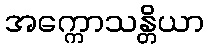
အက္ကောသန္တိယာ